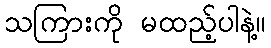
သကြားကို မထည့်ပါနဲ့။